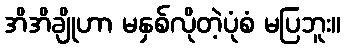
အိအိချိုဟာ မနှစ်လိုတဲ့ပုံစံ မပြဘူး။